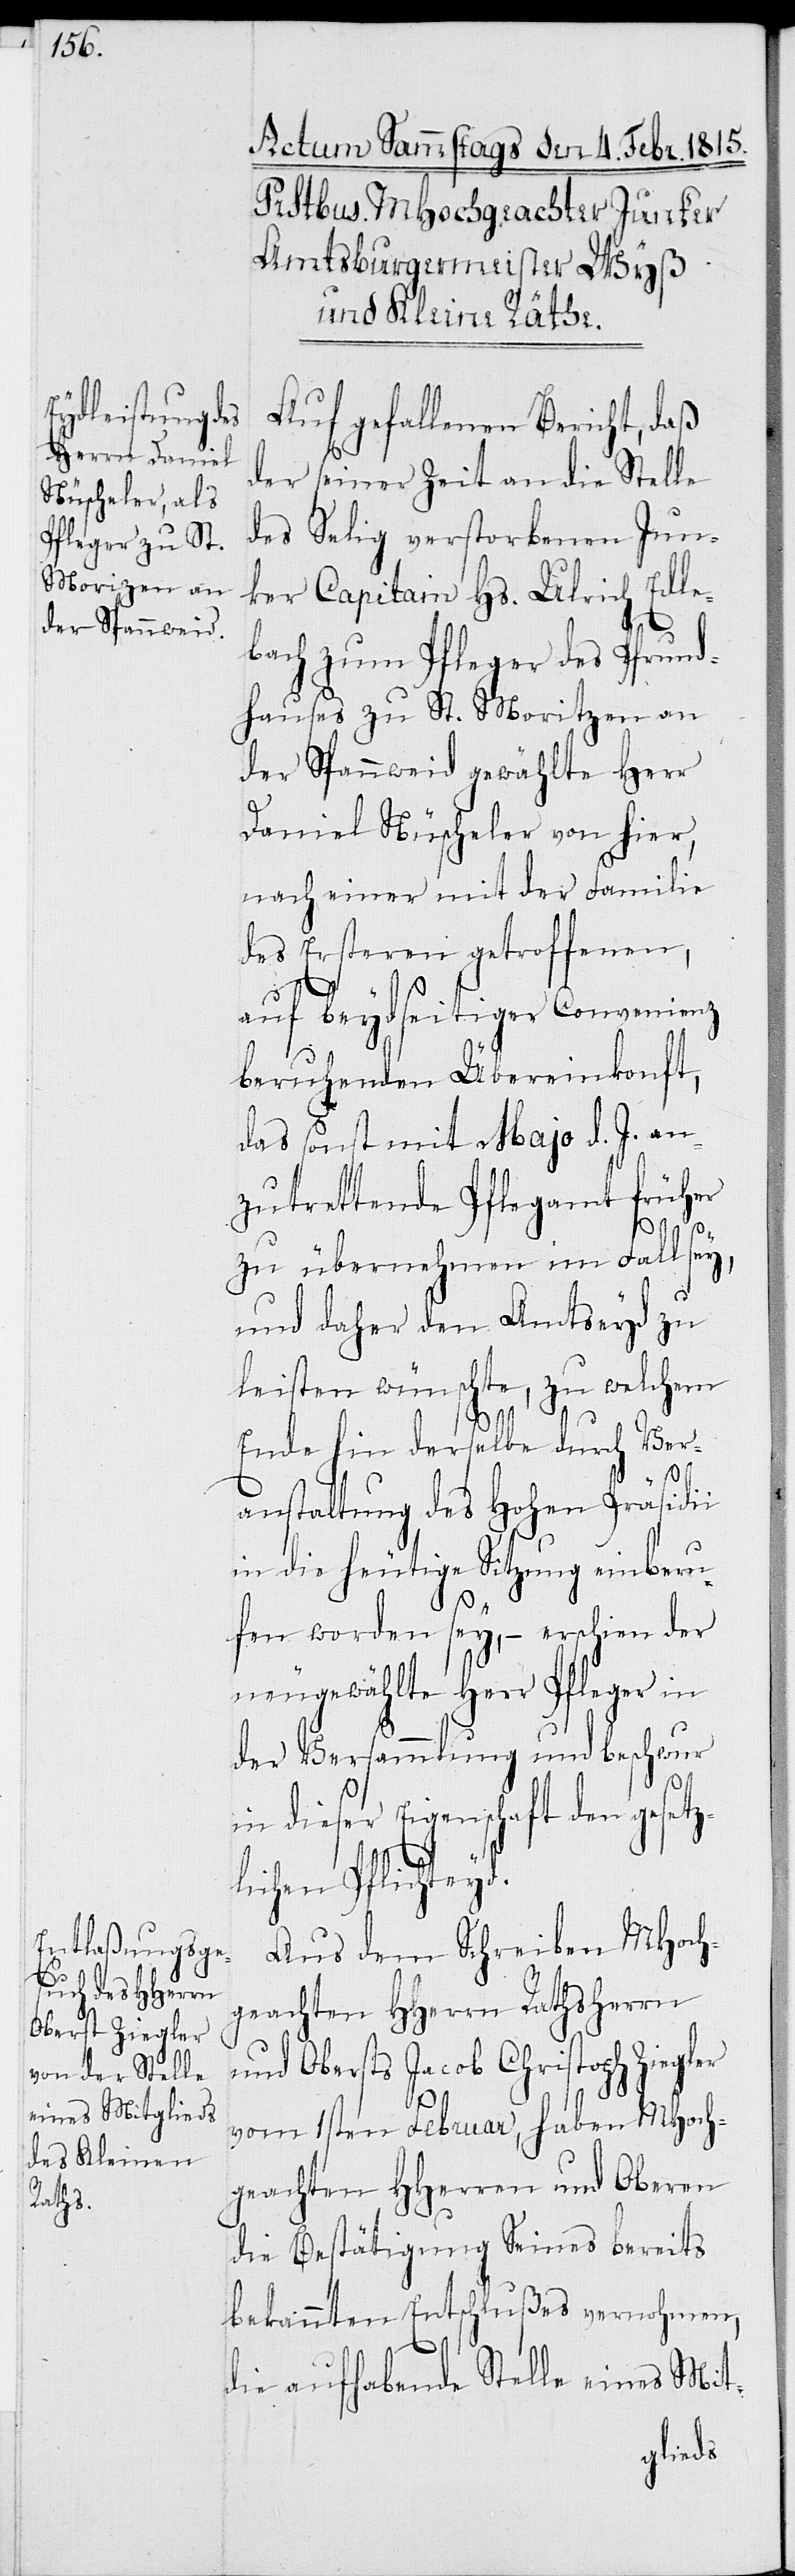
Auf gefallenen Bericht, daß
der seiner Zeit an die Stelle
des Selig verstorbenen Jun¬
ker Capitain Hs. Ulrich Elle¬
bach zum Pfleger des Pfrund¬
hauses zu St. Moritzen
der Spannweid gewählte D¬
aniel Nüscheler von hier
noch immer mit der Familie
des Ersteren getroffenen,
auf beydseitiger Convenienz
beruhender Übereinkunft,
das sonst mit Majo d. J. an¬
zutrettende Pflegamt früher
zu übernehmen im Fall sey,
und daher den Amtseyd zu
leisten wünschte, zu welchem
Ende hin derselbe durch Ver¬
anstaltung des Hohen Präsidii
in die heutige Sitzung einberu¬
fen worden sey, – erschien der
neugewählte Herr Pfleger in
der Versammlung und beschwur
in dieser Eigenschaft den gesetz¬
lichen Pflichteyd.
Aus dem Schreiben MHoch¬
geachten HHerren Rathsherrn
und Obersts Jacob Christoph Ziegler
vom 1sten Februar, haben MHoch¬
geachten HHerren und Oberen
die Bestätigung Seines bereits
bekannten Entschlußes vernohmen,
die aufhabende Stelle eines Mit-